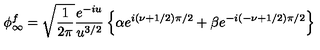
\phi _ { \infty } ^ { f } = \sqrt { \frac { 1 } { 2 \pi } } { \frac { e ^ { - i u } } { u ^ { 3 / 2 } } } \left\{ \alpha e ^ { i ( \nu + 1 / 2 ) \pi / 2 } + \beta e ^ { - i ( - \nu + 1 / 2 ) \pi / 2 } \right\}